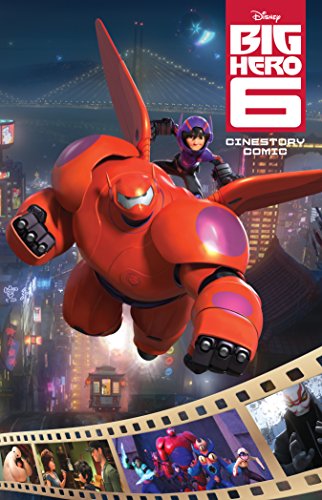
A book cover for Disney's Big Hero 6 Cinestory (Disney Big Hero 6); Jeremy Barlow; Children's Books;